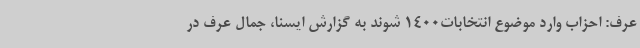
عرف: احزاب وارد موضوع انتخابات1400 شوند به گزارش ایسنا، جمال عرف در